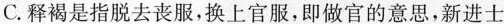
C.释褐是精脱去丧服，换上官服，即做官的意思，新进士